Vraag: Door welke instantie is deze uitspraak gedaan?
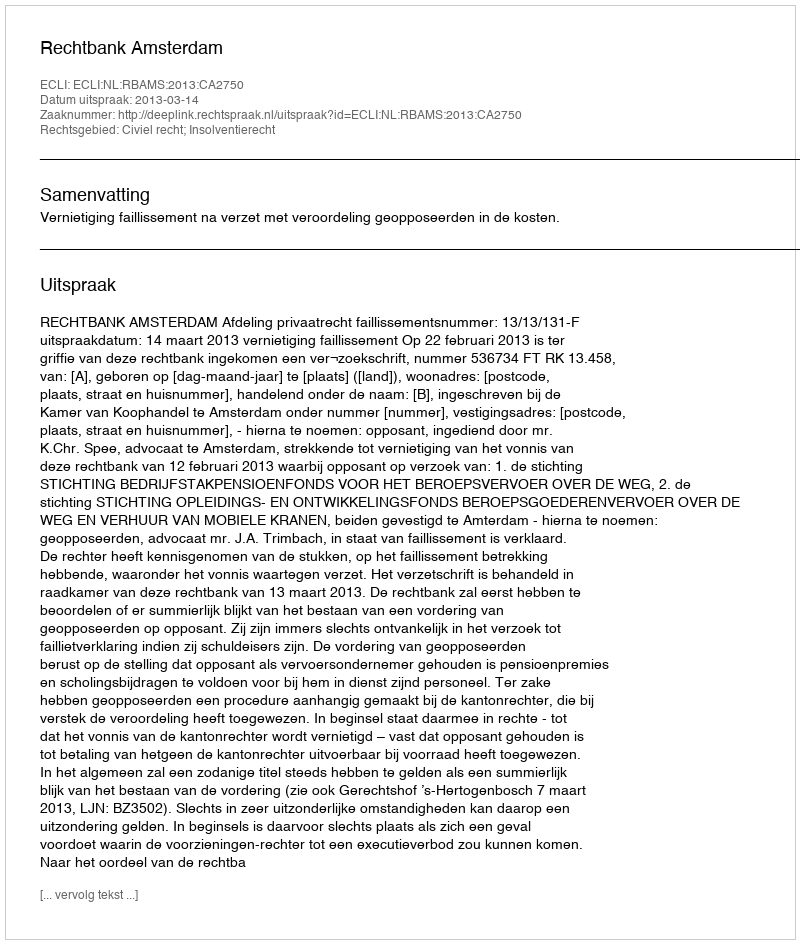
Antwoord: Rechtbank Amsterdam